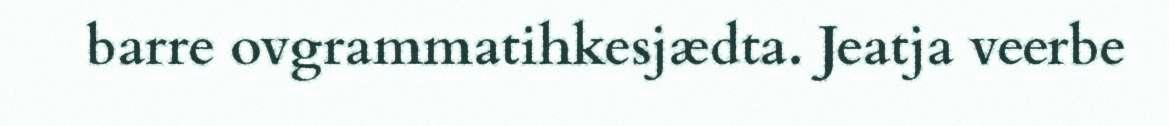
barre ovgrammatihkesjædta. Jeatja veerbe